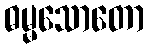
ဓမ္မသောတော